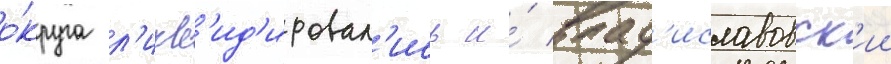
о́круга л'икв'ид'ировал'ись и́ влад'иславовск'ии